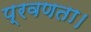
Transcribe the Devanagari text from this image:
प्रवणता।